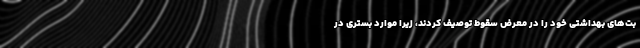
بت‌های بهداشتی خود را در معرض سقوط توصیف کردند، زیرا موارد بستری در